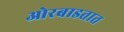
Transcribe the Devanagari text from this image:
ओरबाडतात